Scottish Leaving Certificate Examination, 1959
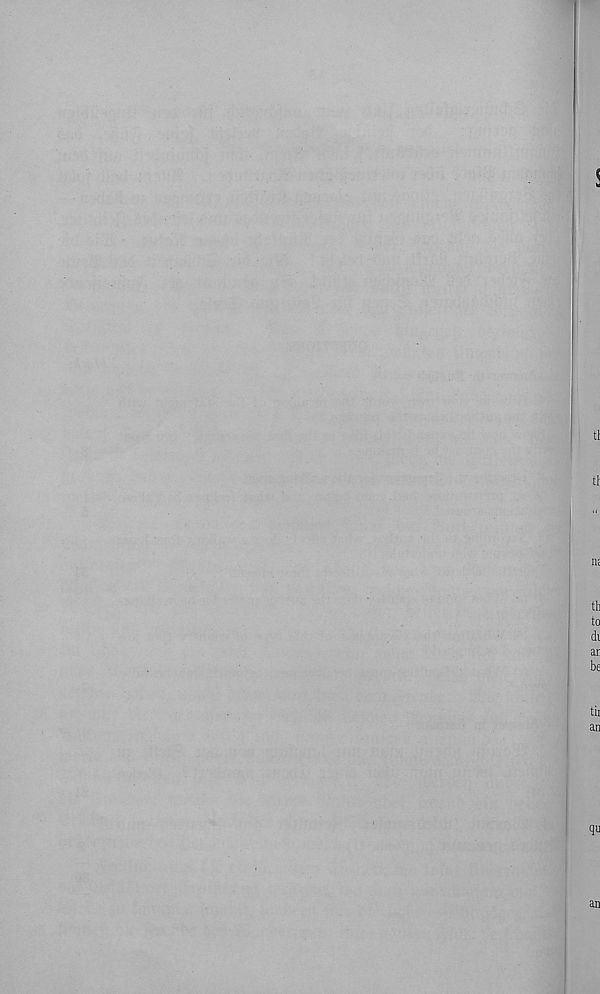
!
ti
tt
n;
th
to
di
ar
be
tii
an
qu
an